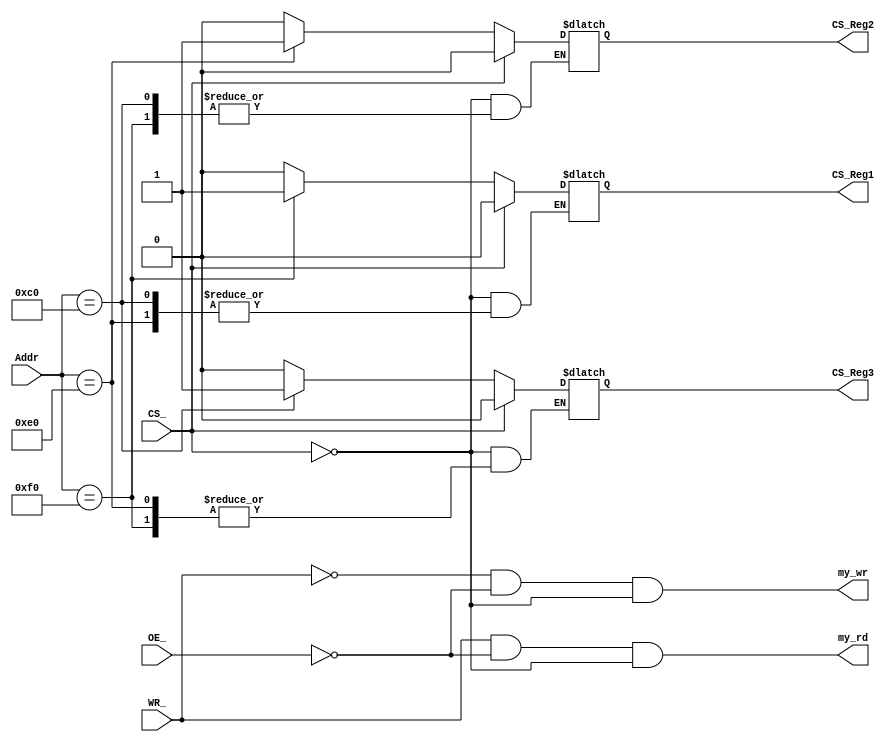
module decode (
    Addr,
    CS_,
    WR_,
    OE_,
    CS_Reg1,
    CS_Reg2,
    CS_Reg3,
    my_wr,
    my_rd
);
//CS is to select the PLD
//WR is decide write or read
//OE is enable the PLD
input  CS_,WR_,OE_;
//Addr is 8 width address of the aim register
input  [7:0]Addr;
//CS_Regx x=1.2.3 this parameter will change to 1,when the right register being selected
output CS_Reg1,CS_Reg2,CS_Reg3;
//my_wr = 1   going to write
//my_rd = 1   going to read
output my_wr,my_rd;
reg CS_Reg1,CS_Reg2,CS_Reg3;
always @(Addr,CS_)
    if(!CS_)
        begin
            case (Addr)
                8'b11110000:CS_Reg1 <= 1;
                8'b11100000:CS_Reg2 <= 1;
                8'b11000000:CS_Reg3 <= 1; 
                default: begin
                            CS_Reg1 <= 0;
                            CS_Reg2 <= 0;
                            CS_Reg3 <= 0;
                        end
            endcase
        end
    else
    begin
        CS_Reg1 <= 0;
        CS_Reg2 <= 0;
        CS_Reg3 <= 0;
    end
assign my_wr = (!WR_) && (!OE_) && (!CS_);
assign my_rd = (WR_)  && (!OE_) && (!CS_);
endmodule